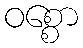
ဝစ္စော